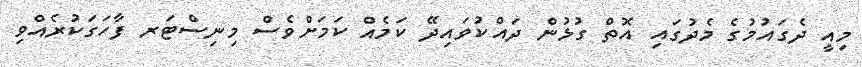
މިއީ ދެގައުމުގެ މެދުގައި އޮތް ގުޅުން ދައްކުވައިދޭ ކަމެއް ކަމަށްވެސް މިނިސްޓަރ ފާހަގަކުރެއްވި